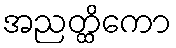
အညတ္ထိကော